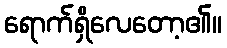
ရောက်ရှိလေတော့၏။